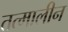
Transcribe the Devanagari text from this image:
तत्मालीन